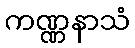
ကဏ္ဏနာသံ